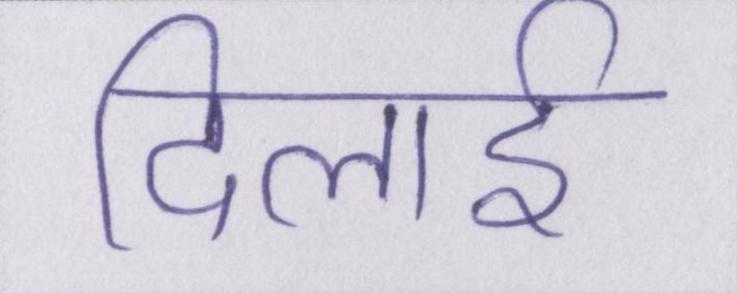
दिलाई